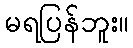
မရပြန်ဘူး။